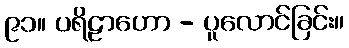
၉၁။ ပရိဠာဟော - ပူလောင်ခြင်း။